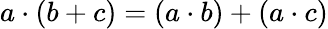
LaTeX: a\cdot(b+c)=(a\cdot b)+(a\cdot c)